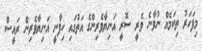
މިފަހަރު ތިކަމެއް ނުވާނެ ވެރީ ސޮރީ އަނިޔާވެރިންގެ އަތުގައި ހިފާނީ އަނިޔާވެރިން ރައީސް